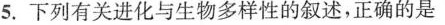
5.下列有关进化与生物多样性的叙述，正确的是